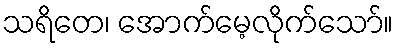
သရိတေ၊ အောက်မေ့လိုက်သော်။